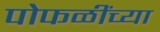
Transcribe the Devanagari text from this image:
पोफळींच्या